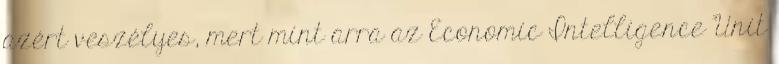
azért veszélyes, mert mint arra az Economic Intelligence Unit